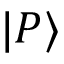
| P \rangle